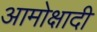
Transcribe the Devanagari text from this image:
आमोक्षादी